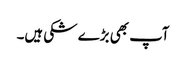
آپ بھی بڑے شکی ہیں۔